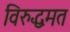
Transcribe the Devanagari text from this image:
विरुद्धमत